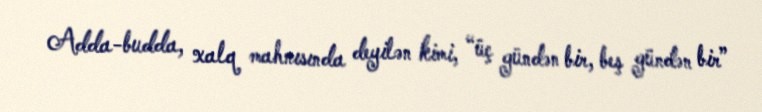
Adda-budda, xalq mahnısında deyilən kimi, “üç gündən bir, beş gündən bir”